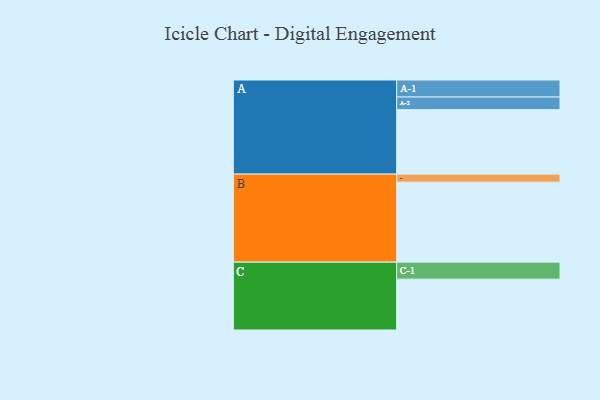
{"axis": {"x": "Segment", "y": "Value"}, "legend": ["", "A", "B", "C"], "data": [{"x": "A", "y": 474, "type": ""}, {"x": "B", "y": 588, "type": ""}, {"x": "C", "y": 374, "type": ""}, {"x": "A-1", "y": 125, "type": "A"}, {"x": "A-2", "y": 93, "type": "A"}, {"x": "B-1", "y": 59, "type": "B"}, {"x": "C-1", "y": 125, "type": "C"}]}